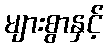
များစွာနှင့်